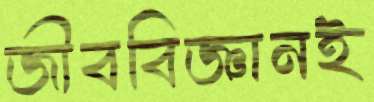
জীববিজ্ঞানই